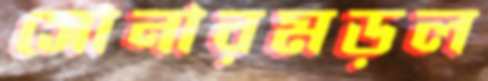
সোনারমড়ল